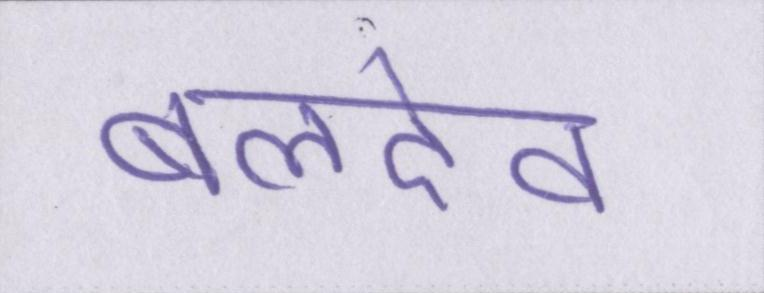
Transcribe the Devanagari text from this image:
बलदेव